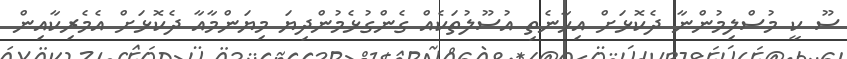
ސޫ ކީ މުސްލިމުންނާ ދެކޮޅަށް އިހާނެތި އުސޫލުތަކެއް ގެންގުޅެމުންދިޔަ މިޔަންމާއާ ދެކޮޅަށް އެމެރިކާއިން